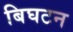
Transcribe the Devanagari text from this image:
बिघटन